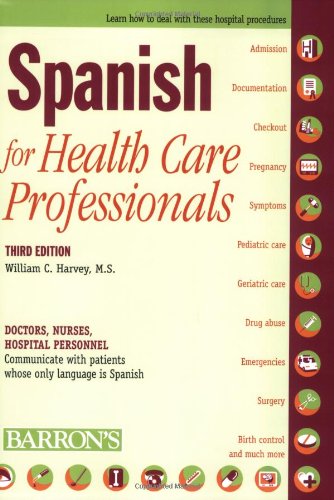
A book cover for Spanish for Health Care Professionals; William C. Harvey M.S.; Medical Books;